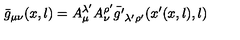
\bar { g } _ { \mu \nu } ( x , l ) = A _ { \mu } ^ { \lambda ^ { \prime } } A _ { \nu } ^ { \rho ^ { \prime } } \bar { g ^ { \prime } } _ { \lambda ^ { \prime } \rho ^ { \prime } } ( x ^ { \prime } ( x , l ) , l )